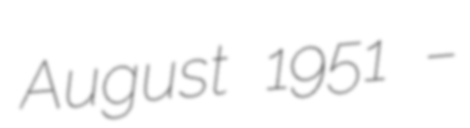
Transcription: August 1951 –